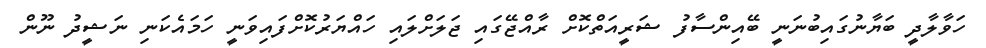
ހަވާލާދީ ބަޔާނުގައިބުނަނީ ބޭއިންސާފު ޝަރީއަތްކޮށް ރާއްޖޭގައި ޖަލަށްލައި ހައްޔަރުކޮށްފައިވަނީ ހަމައެކަނި ނަޝީދު ނޫން